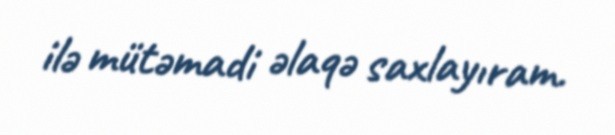
ilə mütəmadi əlaqə saxlayıram.